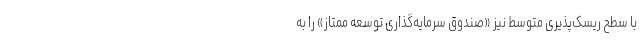
با سطح ریسک‌پذیری متوسط نیز «صندوق سرمایه‌‌گذاری توسعه ممتاز» را به